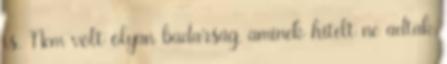
is. Nem volt olyan badarság, aminek hitelt ne adtak